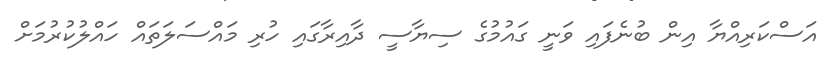
އަސްކަރިއްޔާ އިން ބުނެފައި ވަނީ ގައުމުގެ ސިޔާސީ ދާއިރާގައި ހުރި މައްސަލަތައް ހައްލުކުރުމަށް